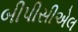
બીપીસીએલ